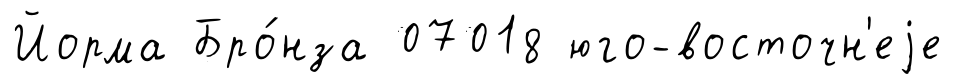
Йорма Бро́нза 07018 юго-восточн'еjе